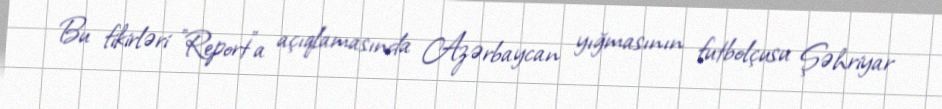
Bu fikirləri "Report"a açıqlamasında Azərbaycan yığmasının futbolçusu Şəhriyar